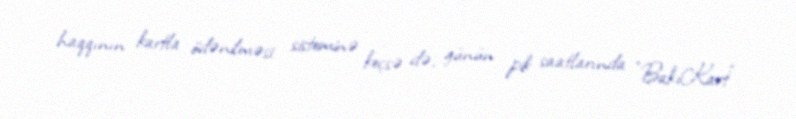
haqqının kartla ödənilməsi sisteminə keçsə də, günün pik saatlarında "BakıKart"